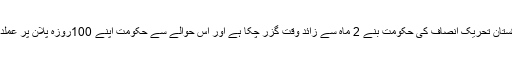
جب کہ دوسری جانب کہا جا رہا ہے کہابق پاکستان تحریک انصاف کی حکومت بنے 2 ماہ سے زائد وقت گزر چکا ہے اور اس حوالے سے حکومت اپنے 100روزہ پلان پر عملدرآمد کے لیے انتہائی پرجوش دکھائی دیتی ہے۔